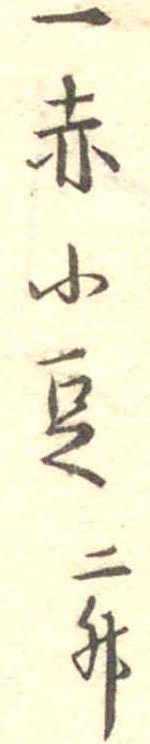
一赤小豆二升